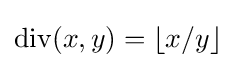
\operatorname {div} (x,y)=\left\lfloor x/y\right\rfloor